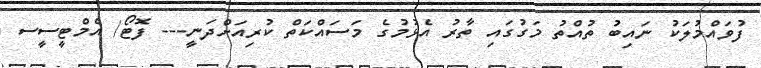
ފުވައްމުލަކު ނައިބު ތުއްތު މަގުގައި ތާރު އެޅުމުގެ މަސައްކަތް ކުރިއަށްދަނީ--- ފޮޓޯ/ އެމްޓީސީސ